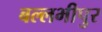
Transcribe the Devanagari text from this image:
बल्लभीपुर